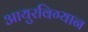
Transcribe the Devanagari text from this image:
आयुरविग्यान